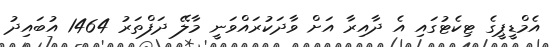
އެމްޑީޕީގެ ޓިކެޓުގައި އެ ދާއިރާ އަށް ވާދަކުރައްވަނީ މާލޭ ދަފްތަރު 1464 އުބައިދު